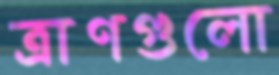
ত্রাণগুলো